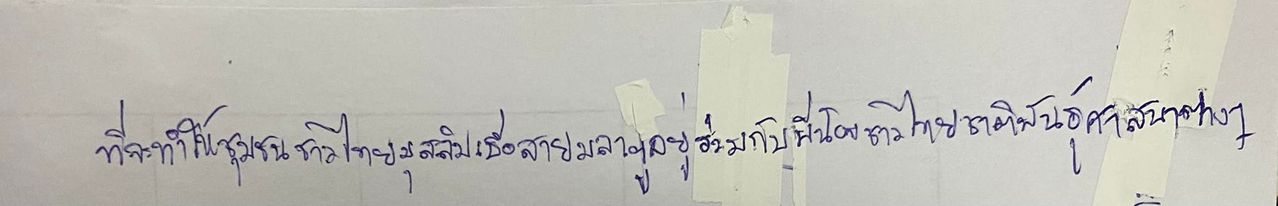
ที่จะทำให้ชุมชนชาวไทยมุสลิมเชื้อสายมลายูอยู่ร่วมกับพี่น้องชาวไทยชาติพันธุ์-ศาสนาต่าง